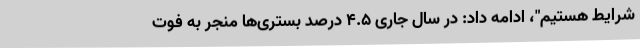
شرایط هستیم"، ادامه داد: در سال جاری 4.5 درصد بستری‌ها منجر به فوت